Vaccination North-Western Provinces and Oudh 1878-1895 - 1878-1895
Year: 1878
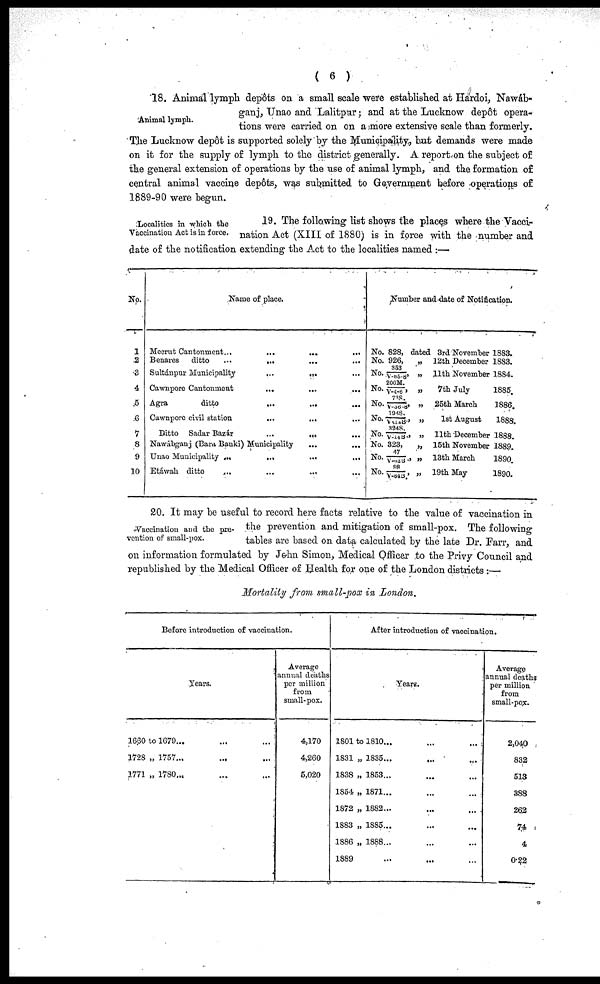
( 6 )
Animal lymph.
18. Animal lymph depôts on a small scale were established at Hardoi, Nawáb-
ganj, Unao and Lalitpur; and at the Lucknow depôt opera-
tions were carried on on a more extensive scale than formerly.
The Lucknow depôt is supported solely by the Municipality, but demands were made
on it for the supply of lymph to the district generally. A report on the subject of
the general extension of operations by the use of animal lymph, and the formation of
central animal vaccine depôts, was submitted to Government before operations of
1889-90 were begun.
Localities in which the
Vaccination Act is in force.
19. The following list shows the places where the Vacci-
nation Act (XIII of 1880) is in force with the number and
date of the notification extending the Act to the localities named :—
No.
1
2
3
4
5
6
7
8
9
10
Name of place.
Meerut Cantonment... ... ... ...
Benares
ditto...
...
...
...
Sultánpur
Municipality...
...
...
Cawnpore Cantonment ... ... ...
Agra
ditto
...
...
...
Cawnpore civil station
...
...
...
Ditto Sadar Bazár
...
...
...
Nawábganj (Bara Banki) Municipality ... ...
Unao Municipality
...
...
...
...
Etáwah ditto
...
...
...
...
Number and date of Notification.
No. 828, dated
No. 926, „
No.
353/V-86-8'
„
No. 200M./V-4-6' „
No. 738/V-36-8' „
No. 1948./V-414B.' „
No. 3248./V-14B.' „
No. 323, „
No. 47/V-62B.' „
No. 98/V-84B.' „
3rd November 1883.
12th December 1883.
11th November 1884.
7th July
1885.
25th March
1886.
1st August
1888.
11th December 1888.
15th November 1889
13th March
1890.
19th May
1890.
Vaccination and the pre-
vention of small-pox.
20. It may be useful to record here facts relative to the value of vaccination in
the prevention and mitigation of small-pox. The following
tables are based on data calculated by the late Dr. Farr, and
on information formulated by John Simon, Medical Officer to the Privy Council and
republished by the Medical Officer of Health for one of the London districts :—
Mortality from small-pox in London.
Before introduction of vaccination.
Years.
1660 to 1679... ... ...
1728 „ 1757... ... ...
1771 „ 1780... ... ...
Average
annual deaths
per million
from
small-pox.
4,170
4,260
5,020
After introduction of vaccination.
Years.
1801 to 1810... ... ...
1831 „ 1835... ... ...
1838 „ 1853... ... ...
1854 „ 1871... ... ...
1872 „ 1882... ... ...
1883 „ 1885... ... ...
1886 „ 1888... ... ...
1889 ... ... ...
Average
annual deaths
per million
from
small-pox.
2,040
832
513
388
262
74
4
0.22